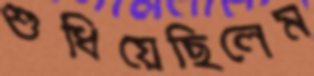
শুধিয়েছিলেম